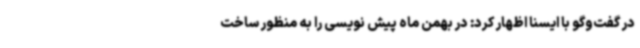
در گفت‌وگو با ایسنا اظهار کرد: در بهمن ماه پیش نویسی را به منظور ساخت